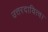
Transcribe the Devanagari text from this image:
उत्तरदायित्व।